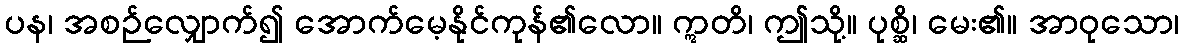
ပန၊ အစဉ်လျှောက်၍ အောက်မေ့နိုင်ကုန်၏လော။ ဣတိ၊ ဤသို့။ ပုစ္ဆိ၊ မေး၏။ အာဝုသော၊